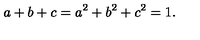
a + b + c = a ^ { 2 } + b ^ { 2 } + c ^ { 2 } = 1 .